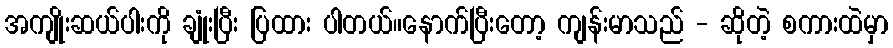
အကျိုးဆယ်ပါးကို ချုံးပြီး ပြထား ပါတယ်။နောက်ပြီးတော့ ကျန်းမာသည် - ဆိုတဲ့ စကားထဲမှာ